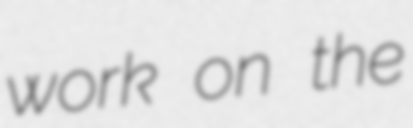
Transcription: work on the